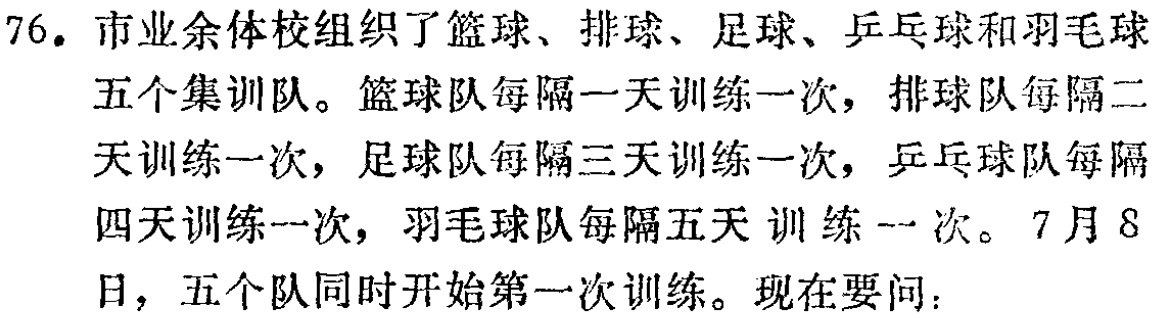
76. 市业余体校组织了篮球、排球、足球、乒乓球和羽毛球五个集训队。篮球队每隔一天训练一次，排球队每隔二天训练一次，足球队每隔三天训练一次，乒乓球队每隔四天训练一次，羽毛球队每隔五天训练一次。7月8日，五个队同时开始第一次训练。现在要问：